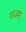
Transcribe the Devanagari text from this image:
१६वर